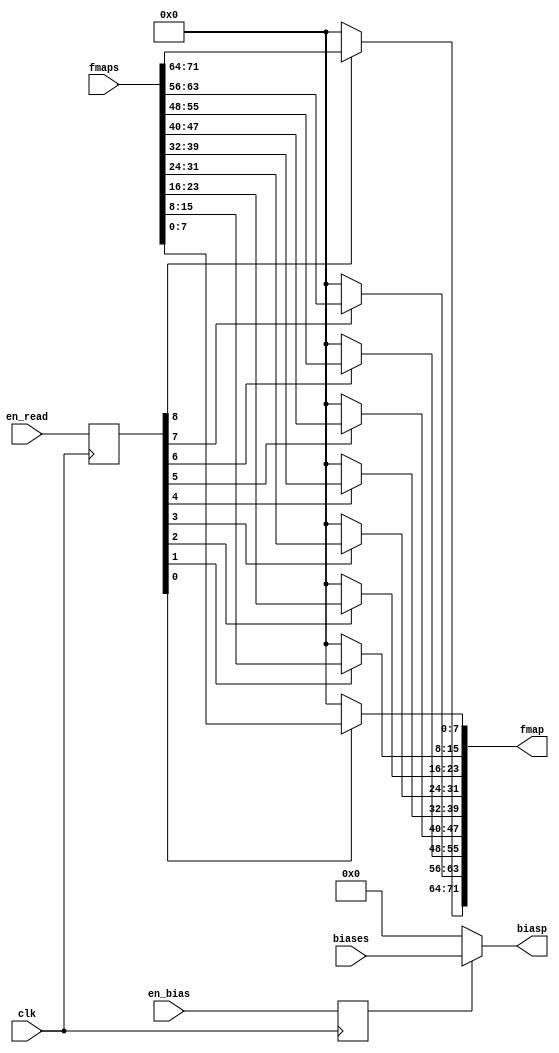
// This program was cloned from: https://github.com/thousrm/universal_NPU-CNN_accelerator
// License: MIT License



module control_part_simple

#(

parameter width = 80,
parameter height = 8,

parameter width_b = 7,
parameter height_b = 3

)

(en_read, en_bias,// from ram


fmaps, biases, // from mem

fmap, biasp, // to pe

clk
);

parameter step0 = width - 9;
parameter step1 = width - 18;
parameter step2 = width - 27;
parameter step3 = width - 36;
parameter step4 = width - 45;
parameter step5 = width - 54;

parameter bias = 2;


input [8:0] en_read;
input en_bias;
input clk;

input [8*9-1:0] fmaps;
output [8*9-1:0] fmap;
input [16*8-1:0] biases;
output [16*8-1:0] biasp;

reg [8:0] en_read_d;
reg en_bias_d;

always @(posedge clk) begin
       en_read_d <= en_read;
       en_bias_d <= en_bias;
end


//for zero padding and else
assign fmap[8*9-1-8*0-:8] = en_read_d[8] ? fmaps[8*9-1-8*0-:8] : 8'b0000_0000;
assign fmap[8*9-1-8*1-:8] = en_read_d[7] ? fmaps[8*9-1-8*1-:8] : 8'b0000_0000;
assign fmap[8*9-1-8*2-:8] = en_read_d[6] ? fmaps[8*9-1-8*2-:8] : 8'b0000_0000;
assign fmap[8*9-1-8*3-:8] = en_read_d[5] ? fmaps[8*9-1-8*3-:8] : 8'b0000_0000;
assign fmap[8*9-1-8*4-:8] = en_read_d[4] ? fmaps[8*9-1-8*4-:8] : 8'b0000_0000;
assign fmap[8*9-1-8*5-:8] = en_read_d[3] ? fmaps[8*9-1-8*5-:8] : 8'b0000_0000;
assign fmap[8*9-1-8*6-:8] = en_read_d[2] ? fmaps[8*9-1-8*6-:8] : 8'b0000_0000;
assign fmap[8*9-1-8*7-:8] = en_read_d[1] ? fmaps[8*9-1-8*7-:8] : 8'b0000_0000;
assign fmap[8*9-1-8*8-:8] = en_read_d[0] ? fmaps[8*9-1-8*8-:8] : 8'b0000_0000;

assign biasp = en_bias_d ? biases : 0;



   

endmodule